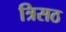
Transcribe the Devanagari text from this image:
त्रिसठ